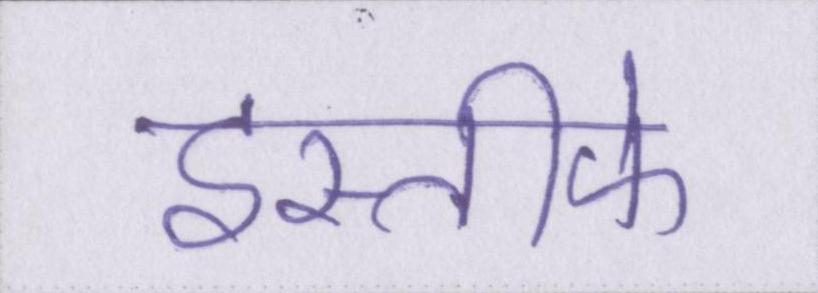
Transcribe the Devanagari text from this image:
इस्तीफे